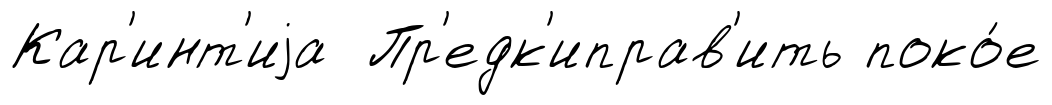
Кар'инт'иjа Пр'едк'иправ'ить поко́е